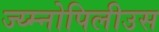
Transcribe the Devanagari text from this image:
ज्य्म्नोपिलीउस